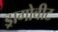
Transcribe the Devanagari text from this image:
ड्रागोबीट